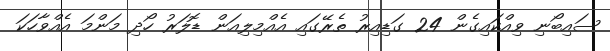
ސައިބޯނި ވިއްކައިގެން 24 ގަޑިއިރު ތެރޭގައި އެއްމިލިއަން ޑޮލަރު ހޯދި މަންމަ އެއްވާހަކަ